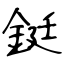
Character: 鋌